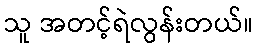
သူ အတင့်ရဲလွန်းတယ်။